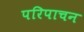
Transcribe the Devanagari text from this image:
परिपाचन